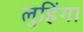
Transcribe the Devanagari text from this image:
लुहिंगा